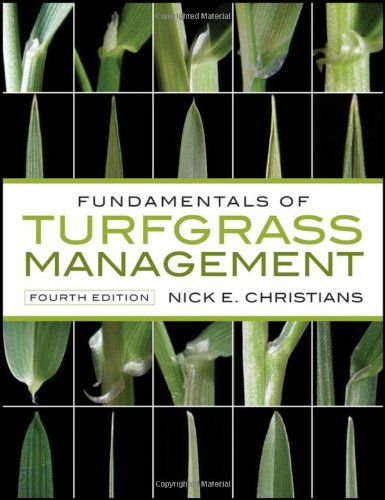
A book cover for Fundamentals of Turfgrass Management; Nick Christians; Arts & Photography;